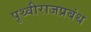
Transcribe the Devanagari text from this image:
पृथ्वीराजप्रबंध